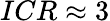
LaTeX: ICR\approx 3